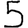
Digit: 5